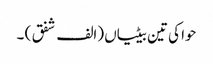
حوا کی تین بیٹیاں (الف شفق ) ۔